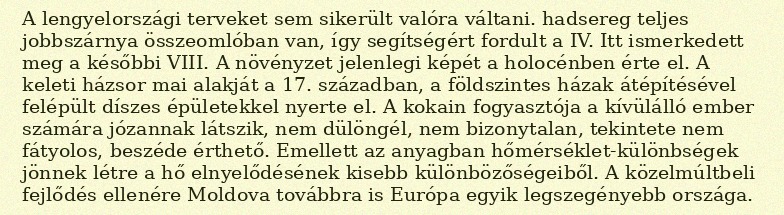
A lengyelországi terveket sem sikerült valóra váltani. hadsereg teljes jobbszárnya összeomlóban van, így segítségért fordult a IV. Itt ismerkedett meg a későbbi VIII. A növényzet jelenlegi képét a holocénben érte el. A keleti házsor mai alakját a 17. században, a földszintes házak átépítésével felépült díszes épületekkel nyerte el. A kokain fogyasztója a kívülálló ember számára józannak látszik, nem dülöngél, nem bizonytalan, tekintete nem fátyolos, beszéde érthető. Emellett az anyagban hőmérséklet-különbségek jönnek létre a hő elnyelődésének kisebb különbözőségeiből. A közelmúltbeli fejlődés ellenére Moldova továbbra is Európa egyik legszegényebb országa.